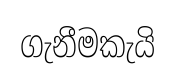
ගැනීමකැයි